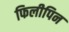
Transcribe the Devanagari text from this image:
फिलीपिन